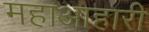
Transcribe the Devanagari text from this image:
महाआहारी